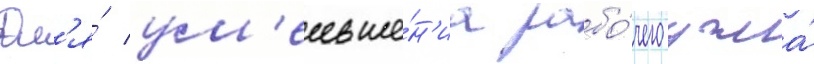
Дл'я́ ум'еньше́н'иа рабо́чего угла́